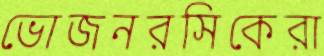
ভোজনরসিকেরা